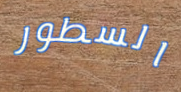
السطور